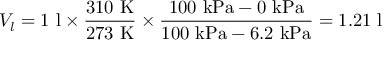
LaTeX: V _ { l } = 1 \ \mathrm { l } \times { \frac { 3 1 0 \ \mathrm { K } } { 2 7 3 \ \mathrm { K } } } \times { \frac { 1 0 0 \ \mathrm { k P a } - 0 \ \mathrm { k P a } } { 1 0 0 \ \mathrm { k P a } - 6 . 2 \ \mathrm { k P a } } } = 1 . 2 1 \ \mathrm { l }